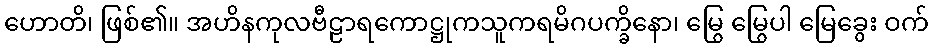
ဟောတိ၊ ဖြစ်၏။ အဟိနကုလဗီဠာရကောဋ္ဌုကသူကရမိဂပက္ခိနော၊ မြွေ မြွေပါ မြေခွေး ဝက်